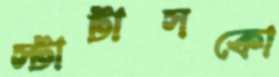
স্টাটাসকো